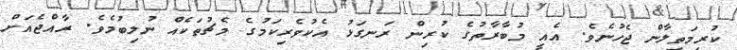
ކުރިމަތިލާން ޖެހުނެވެ. އެއީ މުބާރާތުގެ ކުރިން ރަނގަޅު އެކުވެރިކަމުގެ މެޗުތަކެއް ނުލިބުމެވެ. ރާއްޖެއަށް